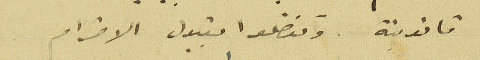
قانونية وتفضلوا بقبول الاحترام